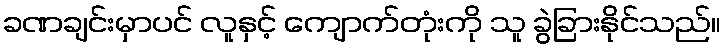
ခဏချင်းမှာပင် လူနှင့် ကျောက်တုံးကို သူ ခွဲခြားနိုင်သည်။